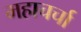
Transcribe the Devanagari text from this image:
महाचर्चा